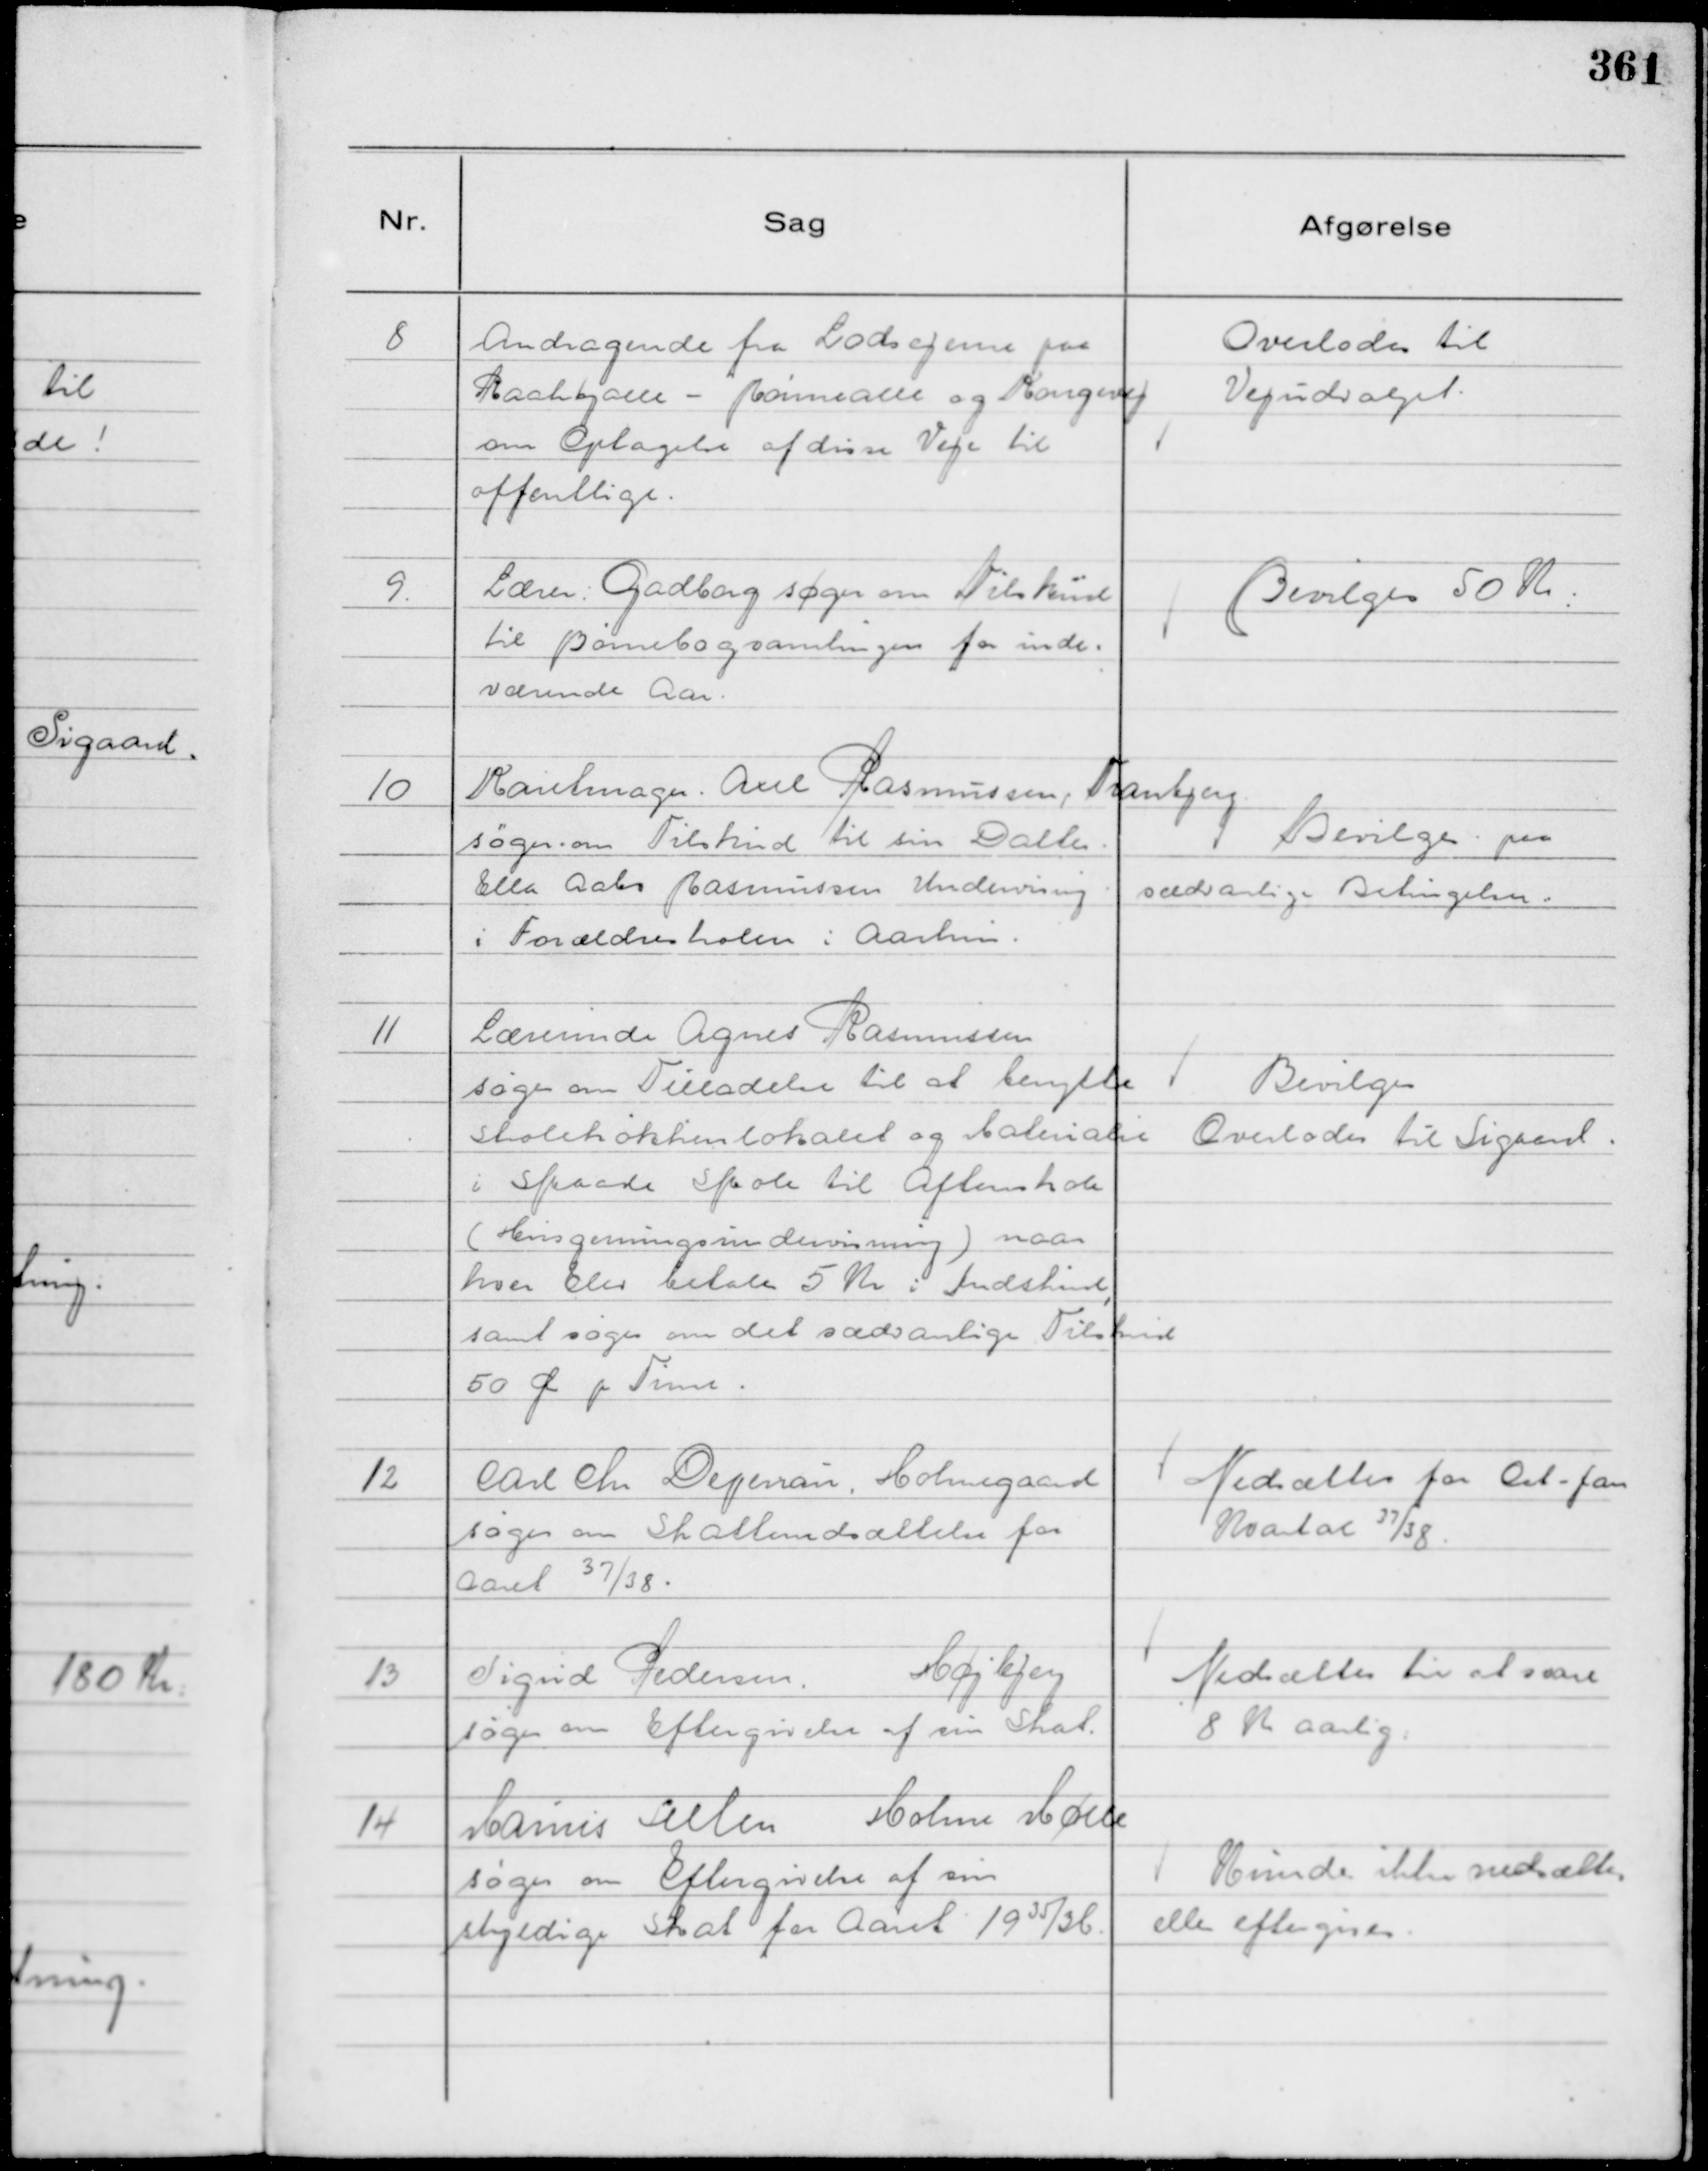
Transskription:
8
Andragende fra Lodsejerne paa
Raahøjalle - Rønnealle Kongevej
om Optagelse af disse Veje til
offentlige.

Overlodes til
Vejudvalget.

9
Lærer Gadborg søger om Tilskud
til Børnebogsamlingen for inde-
værende Aar.

Bevilges 50 Kr.

10
Karetmager, Axel Rasmussen, Tranbjerg
søger . om Tilskud til sin Datter.
Ella Aabo Rasmussen Undervisning
i Forældreskolen i Aarhus.

Bevilges paa
sædvanlige Betingelser..

11
Lærerinde Agnes Rasmussen
søger om Tilladelse til at benytte
Skolekøkkenlokalet og Materialer
i Skaade Skole til Aftenskole
( Husgerningsundervisning ) naar
hver Elev betaler 5 Kr i Indskud,
samt søger om det sædvanlige Tilskud
50 Øre pr Time.

Bevilges
Overlodes til Sigaard.

12
Carl Chr Depenau, Holmegaard
søger om Skattenedsættelse for
Aaret 37/38.

Nedsættes for Oct - Jan
Kvartal 37/38.

13
Sigrid Pedersen
Højbjerg
søger om Eftergivelse af sin Skat.

Nedsættes til at være
8 K aarlig:

14
Marius Allen Holme Mølle
søger om Eftergivelse af sin
skyldige Skat for Aaret 1935/36.

Kunde ikke nedsættes
eller eftergives.